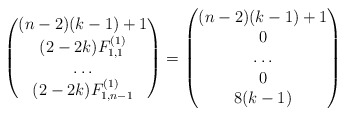
\begin{align*}\begin{pmatrix} (n-2)(k-1)+1\\ (2-2k) F_{1,1}^{(1)} \\ \dots \\ (2-2k) F_{1,n-1}^{(1)} \end{pmatrix} =\begin{pmatrix} (n-2)(k-1)+1\\ 0 \\ \dots\\ 0 \\ 8(k-1) \end{pmatrix}\end{align*}